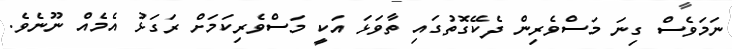
ނަމަވެސް ގިނަ މަސްވެރިން ދެކޭގޮތުގައި ތާވަޅަ އަކީ މަސްވެރިކަމަށް ރަގަޅު އެމެއް ނޫނެވެ.